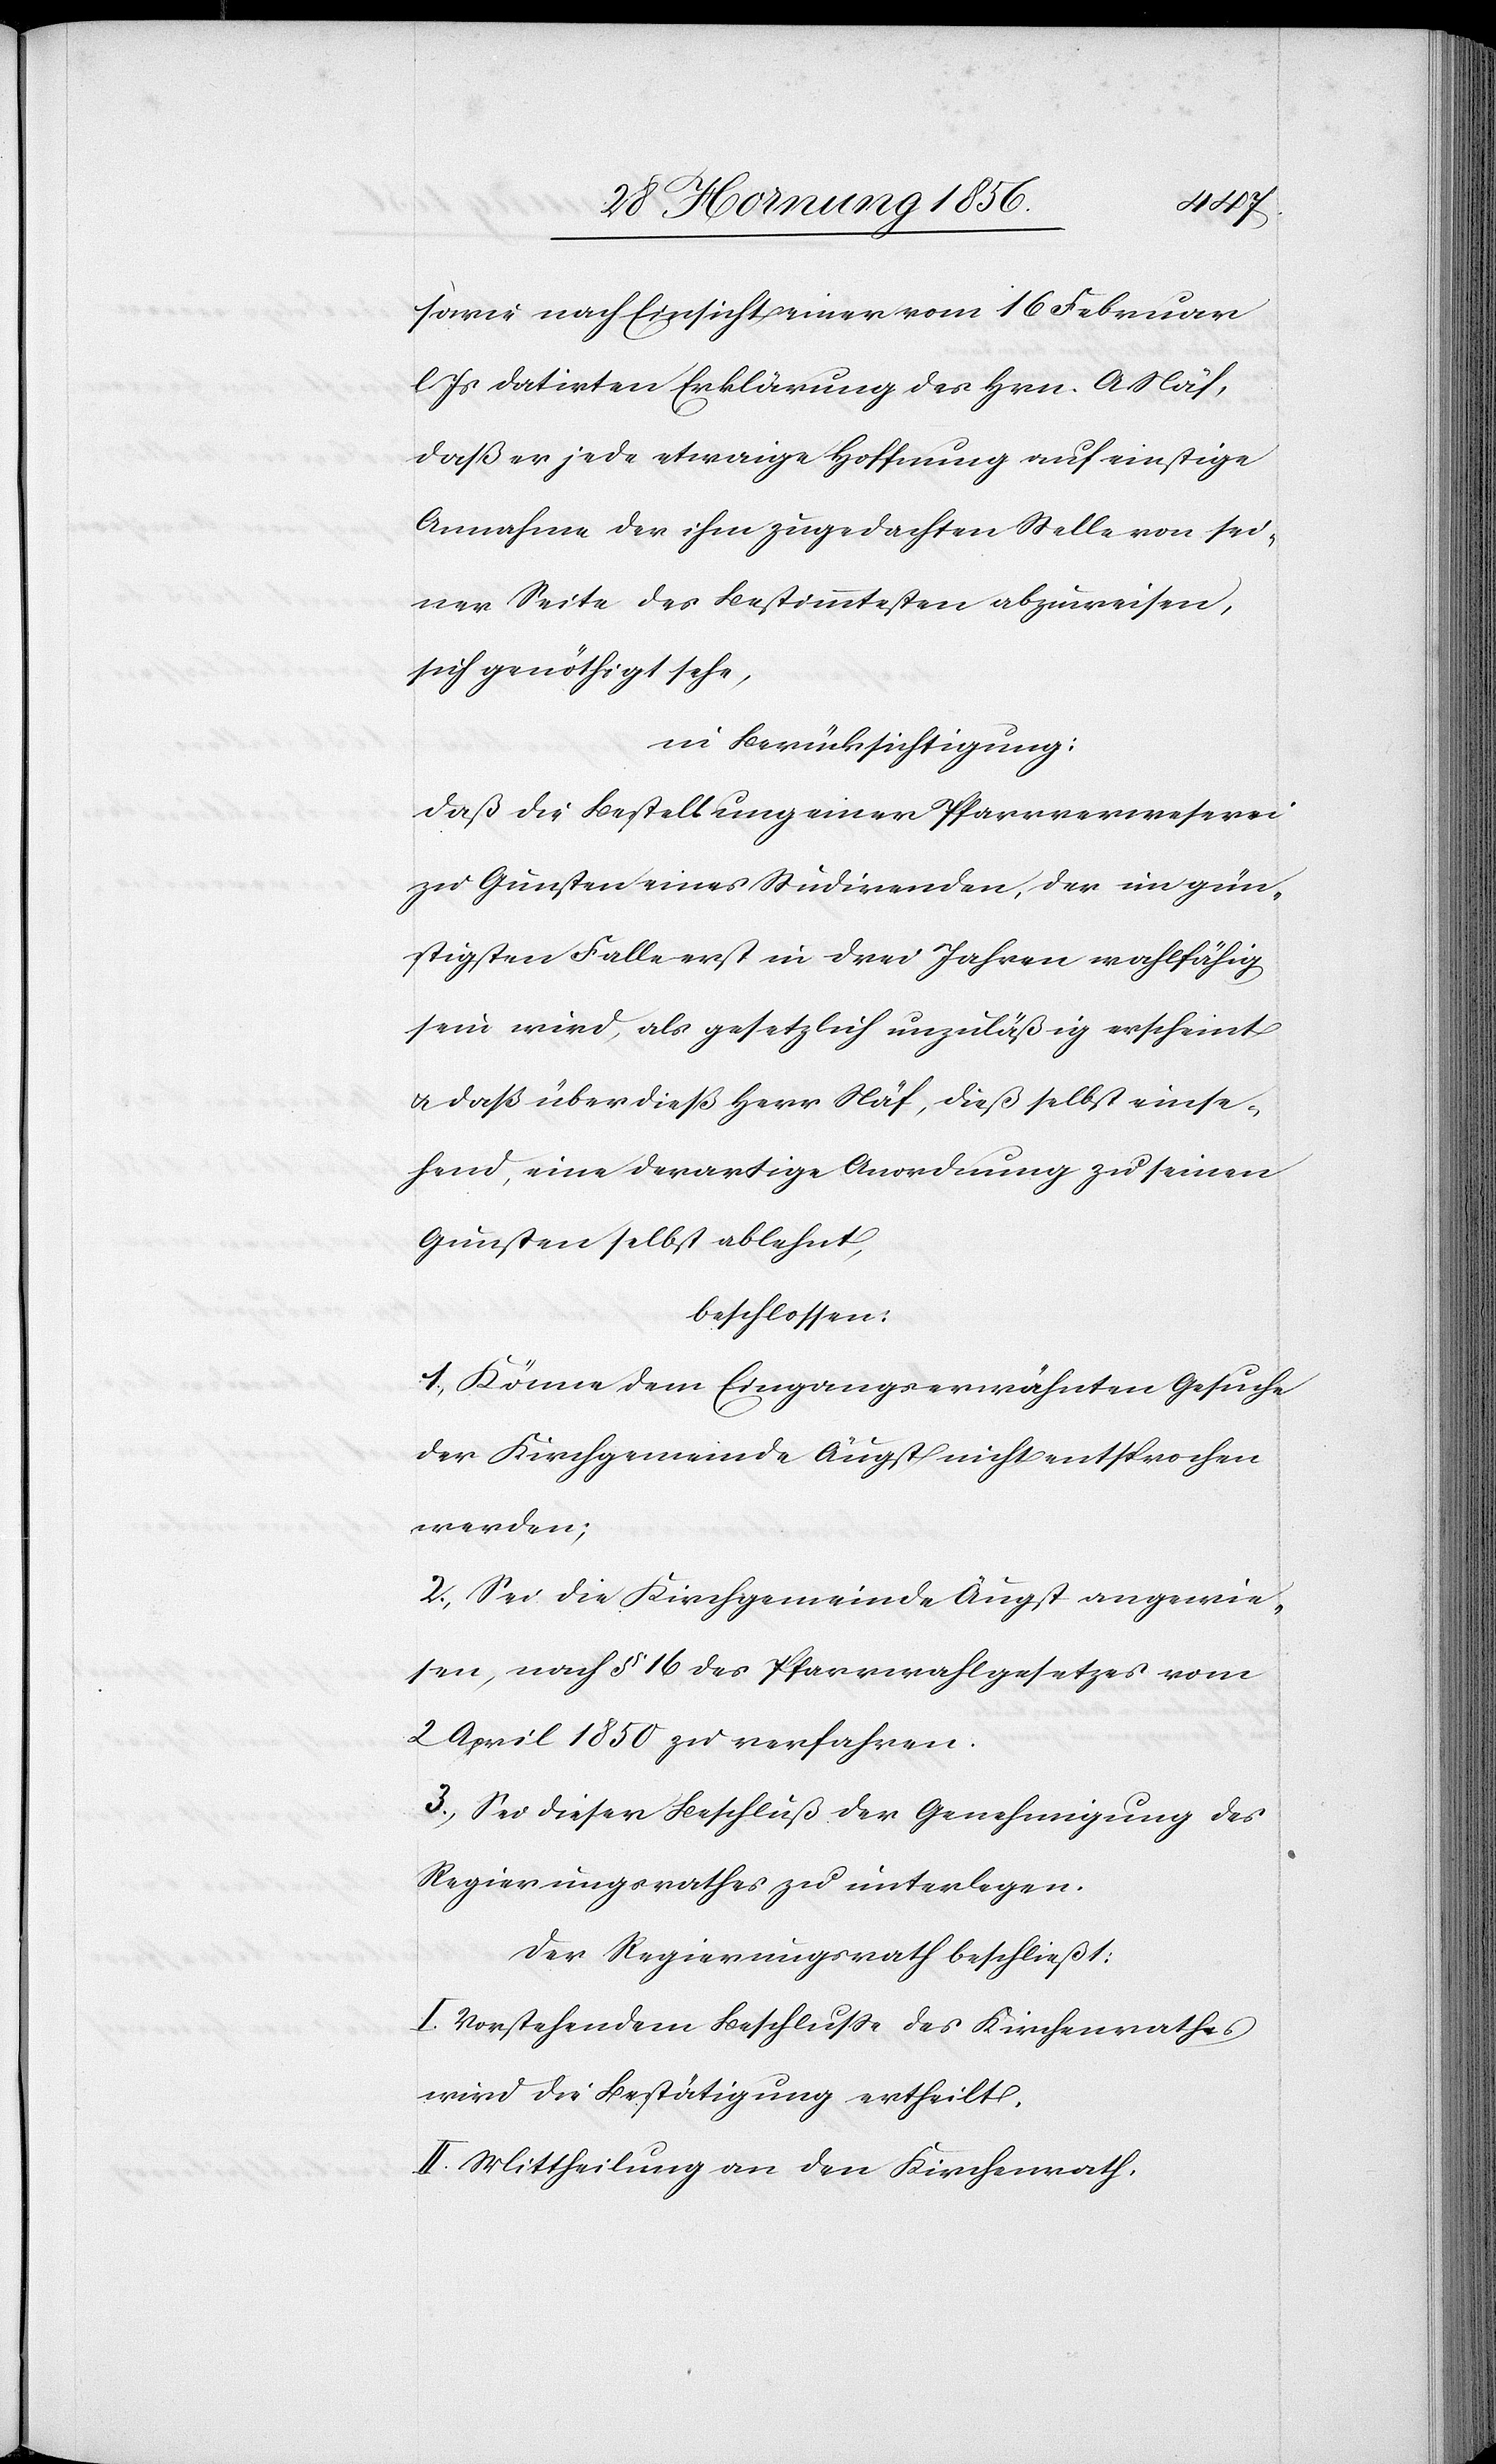
sowie nach Einsicht einer vom 16 Feburar
l. Js datirten Erklärung des Hrn. A. Näf,
daß er jede etwaige Hoffnung auf einstige
Annahme der ihm zugedachten Stelle von sei¬
ner Seite des Bestimmtesten abzuweisen,
sich genöthigt sehe,
in Berücksichtigung:
Daß die Bestellung einer Pfarrverweserei
zu Gunsten eines Studirenden, der im gün¬
stigsten Falle erst in drei Jahren wahlfähig
sein wird, als gesetzlich unzuläßig erscheint
u. daß überdieß Herr Näf, dieß selbst einse¬
hend, eine derartige Anordnung zu seinen
Gunsten selbst ablehnt,
beschlossen:
1., Könne dem Eingangserwähnten Gesuche
der Kirchgemeinde Augst nicht entsprochen
werden;
2., Sei die Kirchgemeinde Augst angewie¬
sen, nach § 16 des Pfarrwahlgesetzes vom
2 April 1850 zu verfahren.
3., Sei dieser Beschluß der Genehmigung des
Regierungsrathes zu unterlegen.
Der Regierungsrath beschließt:
I. Vorstehendem Beschluße des Kirchenrathes
wird die Bestätigung ertheilt.
II. Mittheilung an den Kirchenrath.